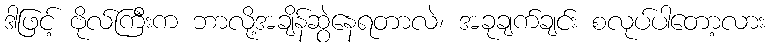
ဒါဖြင့် ဗိုလ်ကြီးက ဘာလို့အချိန်ဆွဲနေရတာလဲ၊ အခုချက်ချင်း စလုပ်ပါတော့လား